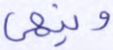
وينهى